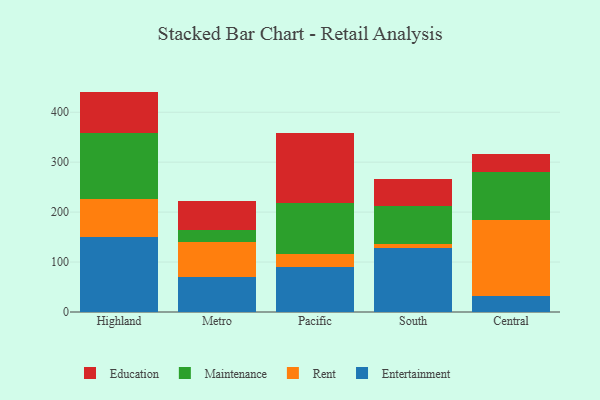
{"axis": {"x": "Region", "y": "Net Income (USD K)"}, "legend": ["Education", "Entertainment", "Maintenance", "Rent"], "data": [{"x": "Highland", "y": 150.9, "type": "Entertainment"}, {"x": "Highland", "y": 76.2, "type": "Rent"}, {"x": "Highland", "y": 131.4, "type": "Maintenance"}, {"x": "Highland", "y": 82.8, "type": "Education"}, {"x": "Metro", "y": 70.6, "type": "Entertainment"}, {"x": "Metro", "y": 69.1, "type": "Rent"}, {"x": "Metro", "y": 25.1, "type": "Maintenance"}, {"x": "Metro", "y": 57.8, "type": "Education"}, {"x": "Pacific", "y": 91.0, "type": "Entertainment"}, {"x": "Pacific", "y": 25.1, "type": "Rent"}, {"x": "Pacific", "y": 102.7, "type": "Maintenance"}, {"x": "Pacific", "y": 139.9, "type": "Education"}, {"x": "South", "y": 128.5, "type": "Entertainment"}, {"x": "South", "y": 8.4, "type": "Rent"}, {"x": "South", "y": 75.7, "type": "Maintenance"}, {"x": "South", "y": 53.7, "type": "Education"}, {"x": "Central", "y": 32.8, "type": "Entertainment"}, {"x": "Central", "y": 151.3, "type": "Rent"}, {"x": "Central", "y": 95.6, "type": "Maintenance"}, {"x": "Central", "y": 37.5, "type": "Education"}]}